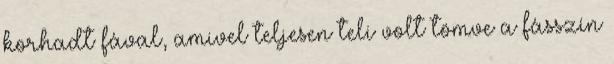
korhadt fával, amivel teljesen teli volt tömve a fásszín